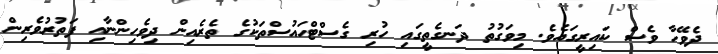
ދެވޭހާ ވެސް ކައިރީގައެވެ. މިވަގުތު ދަނގެތީގައި ހުރި ގެސްޓްހައުސްތަކުގެ ތެރެއިން ދިވެހިންނާއި ފަތުރުވެރިން